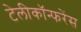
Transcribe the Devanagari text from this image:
टेलीकॉन्फरेंस